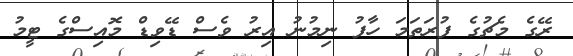
ރޭގެ މެޗުގެ ފުރަތަމަ ހާފު ނިމުނު އިރު ވެސް ޑޭވިޑް މޮއިސްގެ ޓީމު